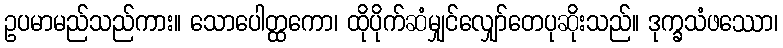
ဥပမာမည်သည်ကား။ သောပေါတ္ထကော၊ ထိုပိုက်ဆံမျှင်လျှော်တေပုဆိုးသည်။ ဒုက္ခသံဖဿော၊